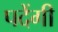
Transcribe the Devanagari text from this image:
पदेंगी